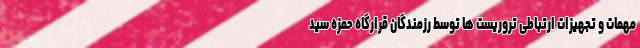
مهمات و تجهیزات ارتباطی تروریست ها توسط رزمندگان قرارگاه حمزه سید